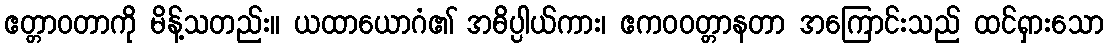
ဧတ္တာဝတာကို မိန့်သတည်း။ ယထာယောဂံ၏ အဓိပ္ပါယ်ကား၊ ဧကဝဝတ္တာနတာ အကြောင်းသည် ထင်ရှားသော